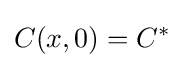
C(x,0)=C^{*}